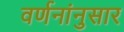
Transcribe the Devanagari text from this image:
वर्णनांनुसार